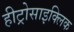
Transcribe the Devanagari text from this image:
हीट्रोसाइक्लिक